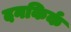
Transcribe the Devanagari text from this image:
दनकिर्क